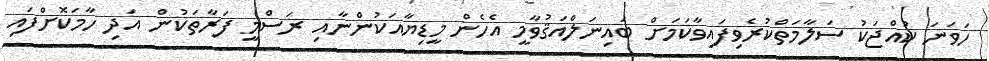
ހަވަނަ ކުއްޖަކު ސަލާމަތްކުރެވިފައިވާކަމަށް ބައިނަލްއަޤުވާމީ އެހެން މީޑިޔާއަކުންނާއި ރަސްމީ ފަރާތަކުން އަދި ހާމަކޮށްފައި